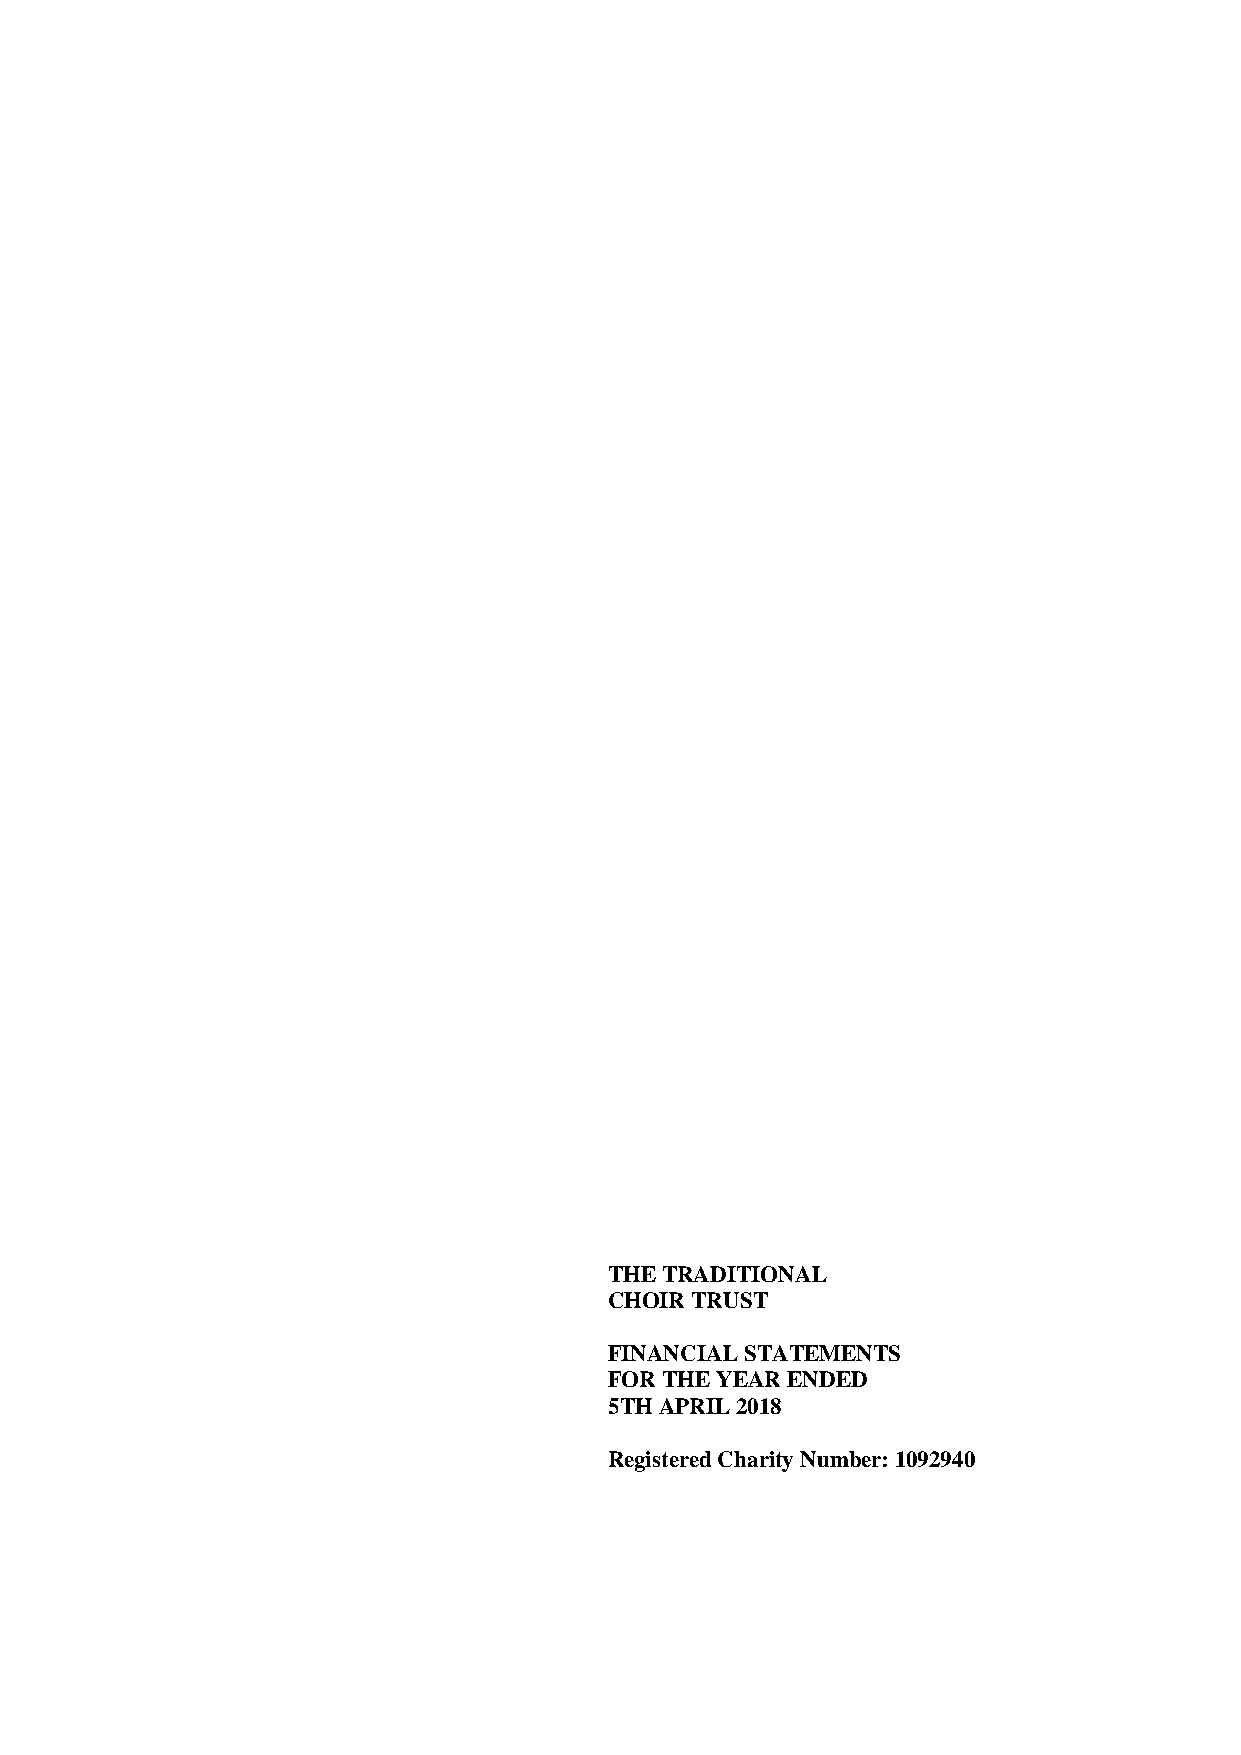
THE TRADITIONAL
 CHOIR TRUST
 FINANCIAL STATEMENTS
 FOR THE YEAR ENDED
 5TH APRIL 2018
 Registered Charity Number: 1092940